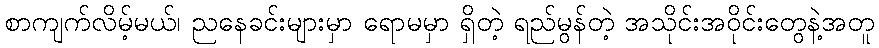
စာကျက်လိမ့်မယ်၊ ညနေခင်းများမှာ ရောမမှာ ရှိတဲ့ ရည်မွန်တဲ့ အသိုင်းအဝိုင်းတွေနဲ့အတူ